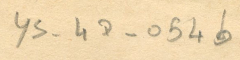
YS-47-054b